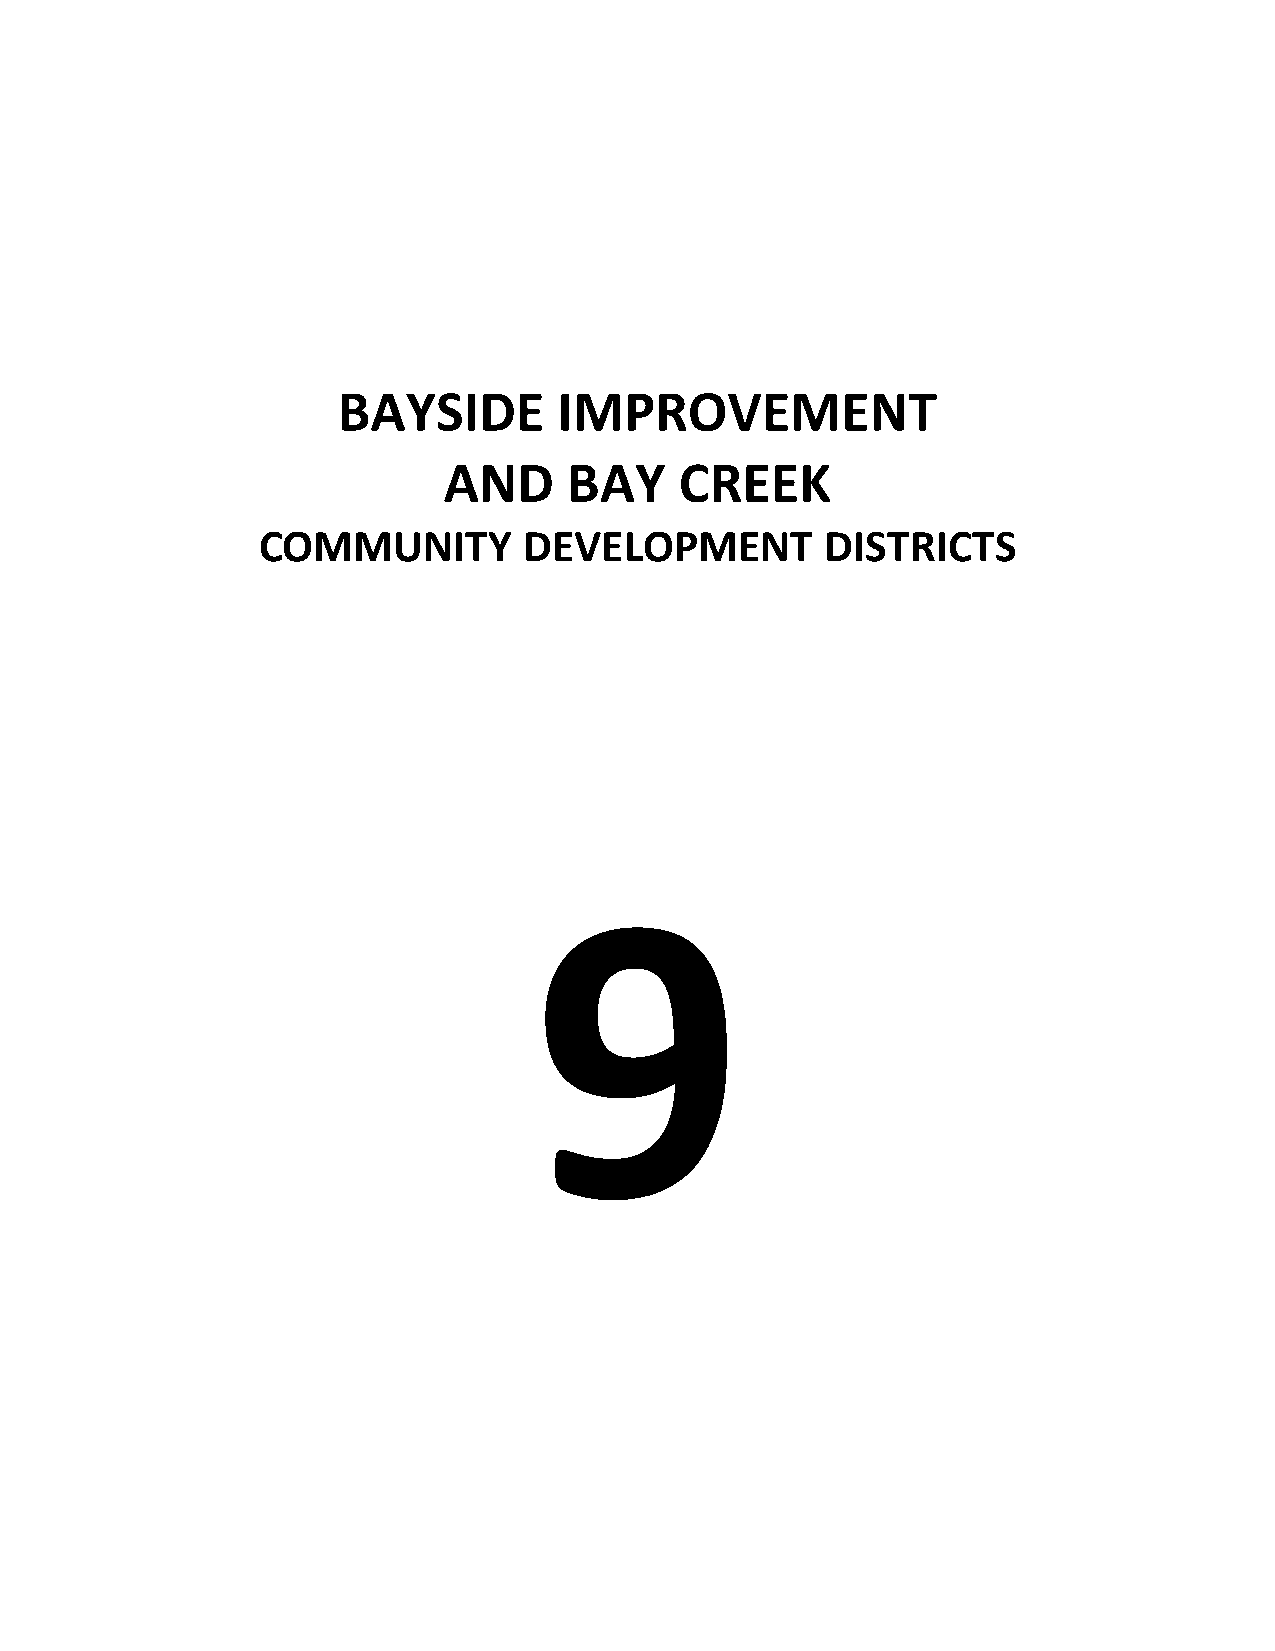
BAYSIDE        IMPROVEMENT
 AND      BAY    CREEK
 COMMUNITY         DEVELOPMENT         DISTRICTS
 9